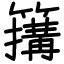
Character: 簼